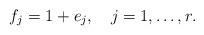
LaTeX: \begin{align*}f_j=1+e_j,\quad j=1,\ldots,r. \end{align*}